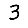
Digit: 3